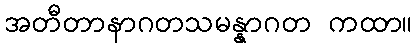
အတီတာနာဂတသမန္နာဂတ ကထာ။